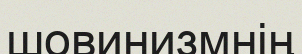
шовинизмнің